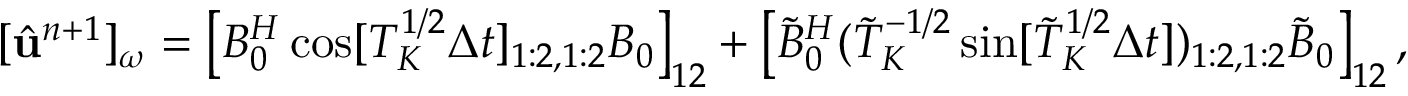
[ \hat { \bf u } ^ { n + 1 } ] _ { \omega } = \left[ B _ { 0 } ^ { H } \cos [ { \cal T } _ { K } ^ { 1 / 2 } \Delta t ] _ { 1 : 2 , 1 : 2 } B _ { 0 } \right] _ { 1 2 } + \left[ \tilde { B } _ { 0 } ^ { H } ( \tilde { \cal T } _ { K } ^ { - 1 / 2 } \sin [ \tilde { \cal T } _ { K } ^ { 1 / 2 } \Delta t ] ) _ { 1 : 2 , 1 : 2 } \tilde { B } _ { 0 } \right] _ { 1 2 } ,